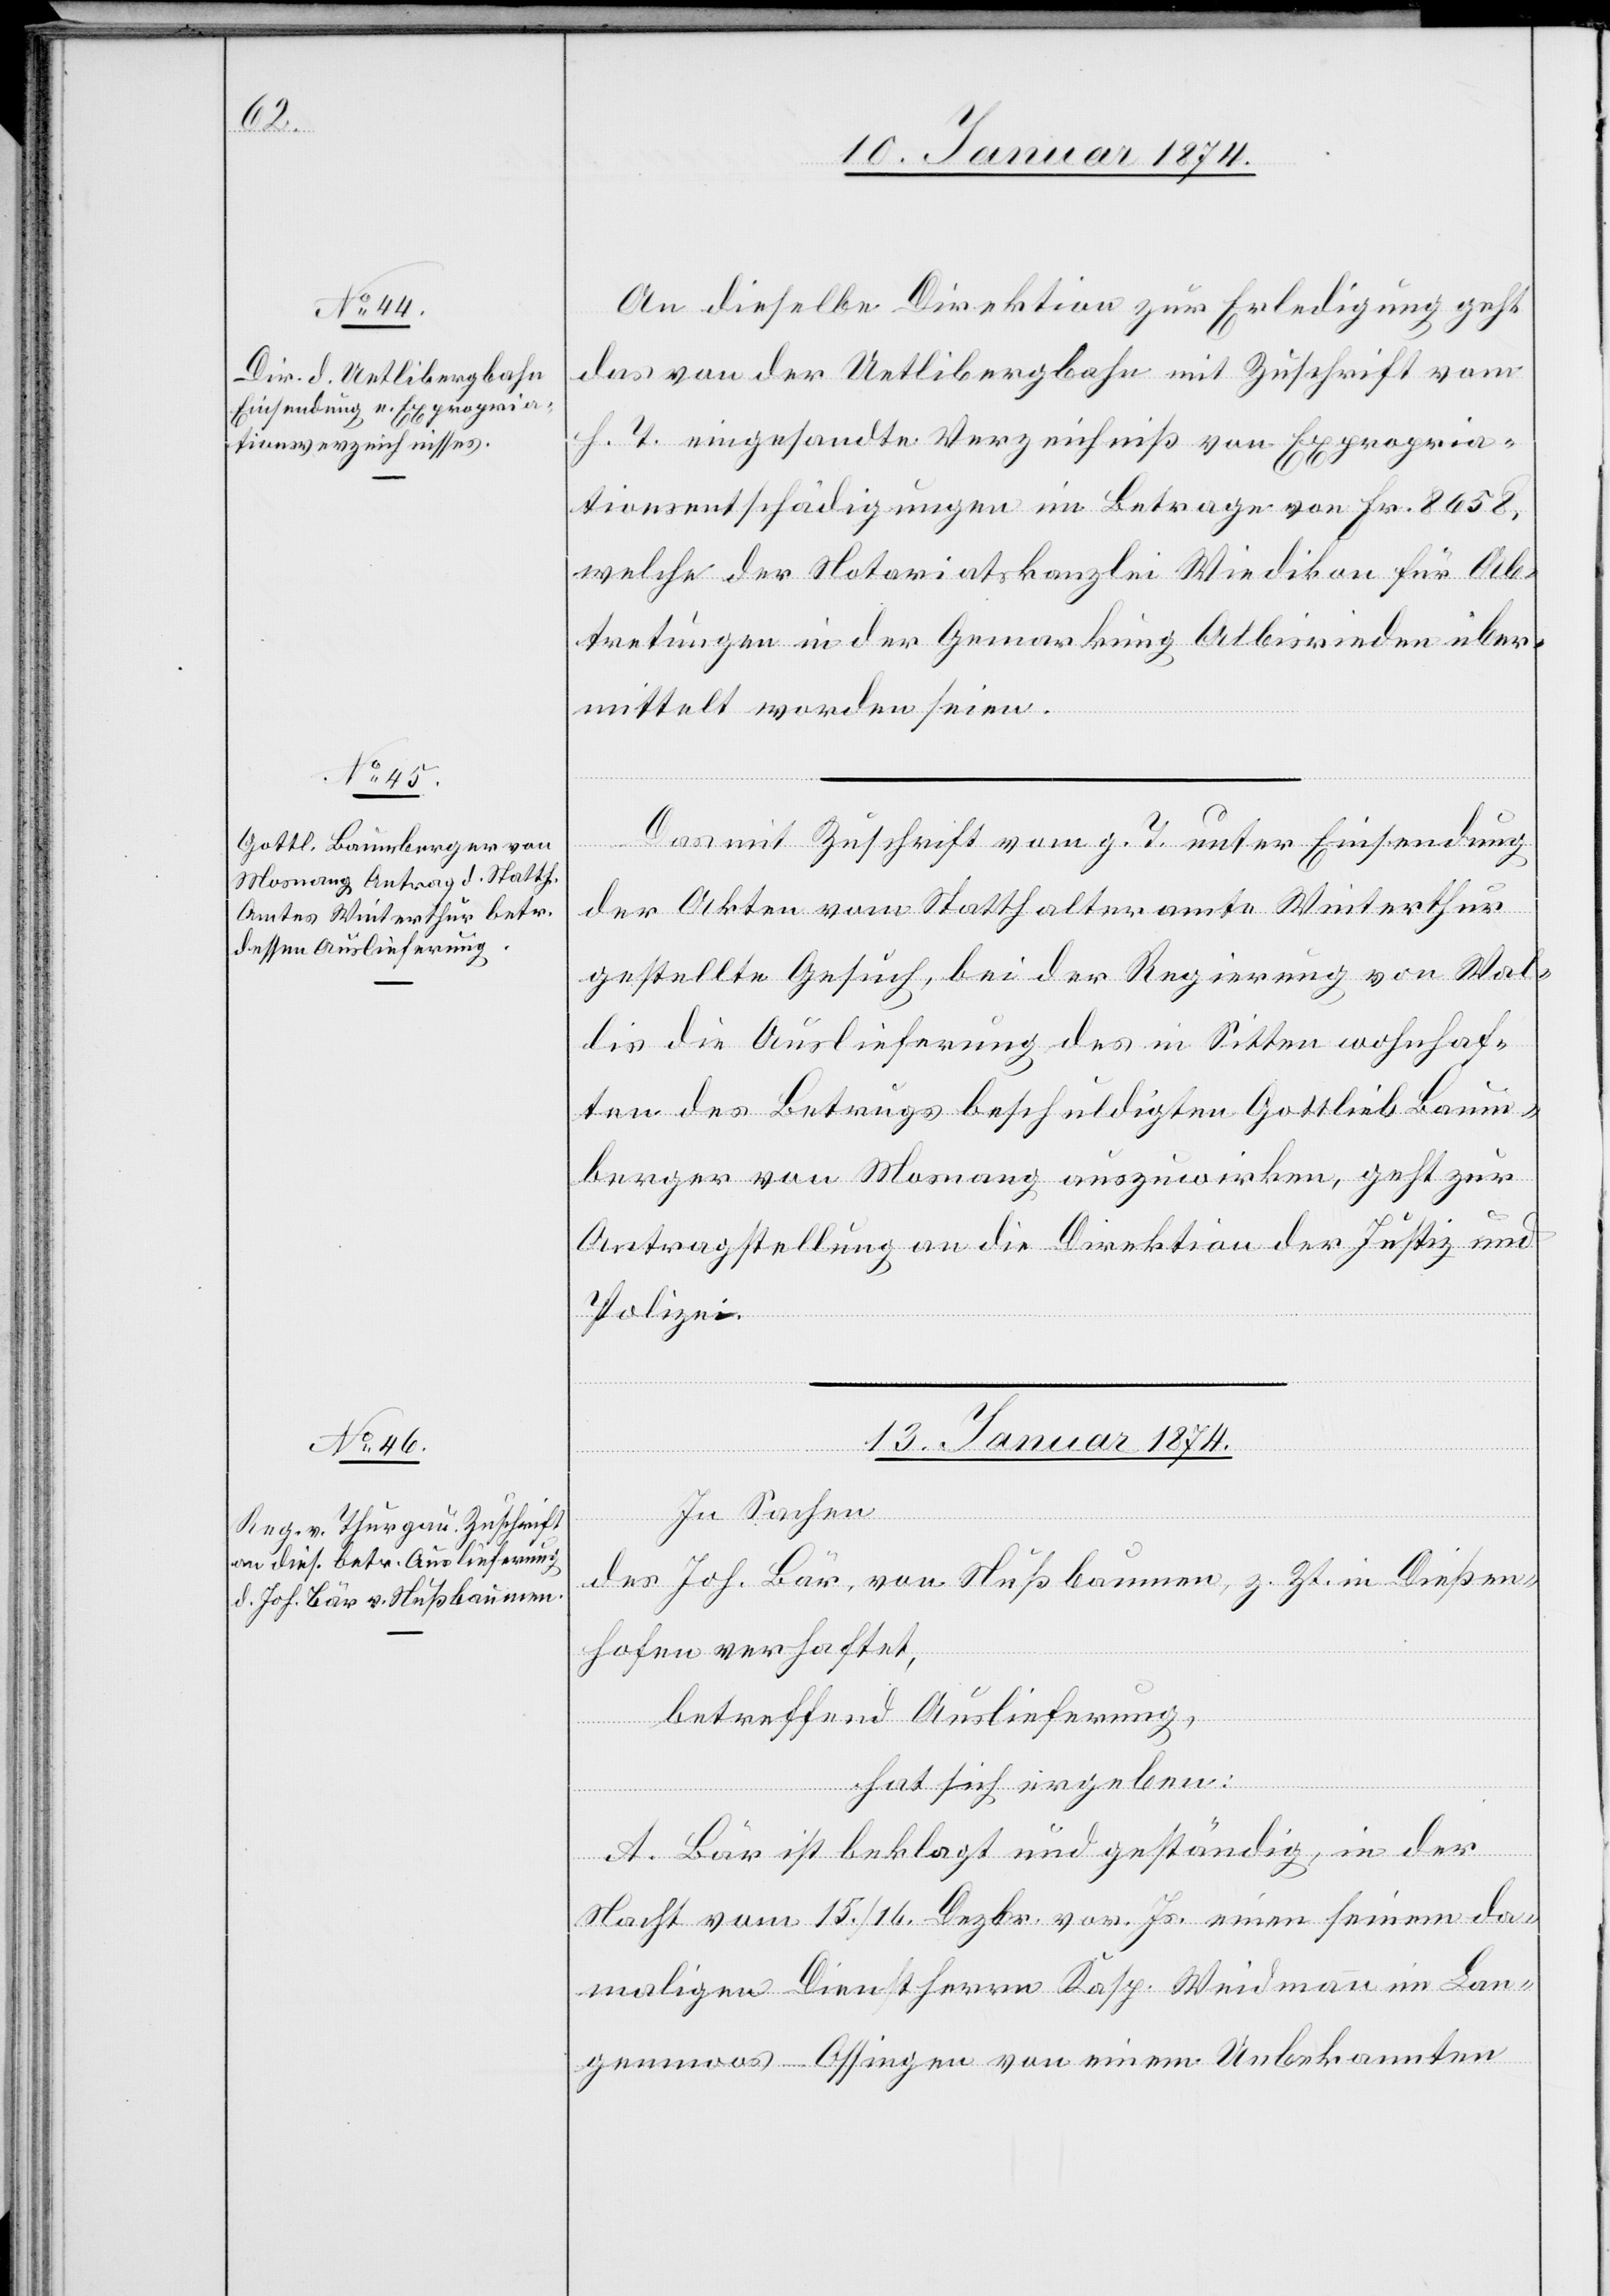
12. Januar 1874.]
An dieselbe Direktion zur Erledigung geht
das von der Uetlibergbahn mit Zuschrift vom
h. T. eingesandte Verzeichniß von Expropria¬
tionsentschädigungen im Betrage von Fr. 8658,
welche der Notariatskanzlei Wiedikon für Ab¬
tretungen in der Gemarkung Albisrieden über¬
mittelt worden seien.
Das mit Zuschrift vom g. T. unter Einsendung
der Akten vom Statthalteramte Winterthur
gestellte Gesuch, bei der Regierung von Wal¬
lis die Auslieferung des in Sitten wohnhaf¬
ten des Betrugs beschuldigten Gottlieb Baum¬
berger von Mosnang auszuwirken, geht zur
Antragstellung an die Direktion der Justiz und
Polizei.
13. Januar 1874.
In Sachen
des Joh. Bär, von Nußbaumen, z. Zt. in Dießen¬
hofen verhaftet,
betreffend Auslieferung,
hat sich ergeben:
A. Bär ist beklagt und geständig, in der
Nacht vom 15./16. Dezbr. vor. Js. einen seiner da¬
maligen Dienstherrn Kasp. Weidmann in Lan¬
genmoos Ossingen von einem Unbekannten